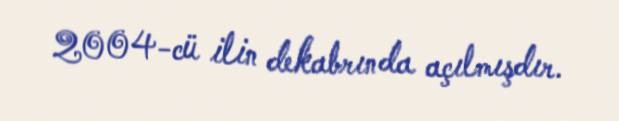
2004-cü ilin dekabrında açılmışdır.